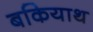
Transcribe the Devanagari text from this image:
बकियाथ